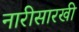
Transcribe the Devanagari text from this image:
नारीसारखी